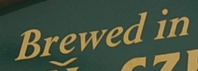
Brewed in